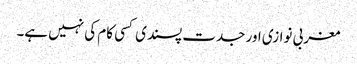
مغربی نوازی اور جدت پسندی کسی کام کی نہیں ہے۔